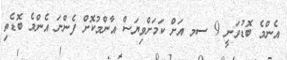
އެންމެ ބޮޑުވަނީ 9 ސމ އަށް ކަމަށްވިޔަސް އާންމުކޮށް ފެންނަ އެންމެ ބޮޑެތި